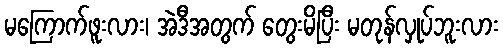
မကြောက်ဖူးလား၊ အဲဒီအတွက် တွေးမိပြီး မတုန်လှုပ်ဘူးလား